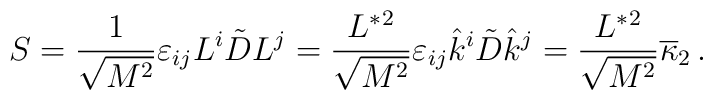
S = { 1 \over\sqrt{M^2}} \varepsilon_{ij}  L^i \tilde{D} L^j ={L^*{}^2 \over\sqrt{M^2}} \varepsilon_{ij} \hat{k}^i \tilde{D} \hat{k}^j = {L^*{}^2 \over \sqrt{M^2}} \overline\kappa_2 \,.